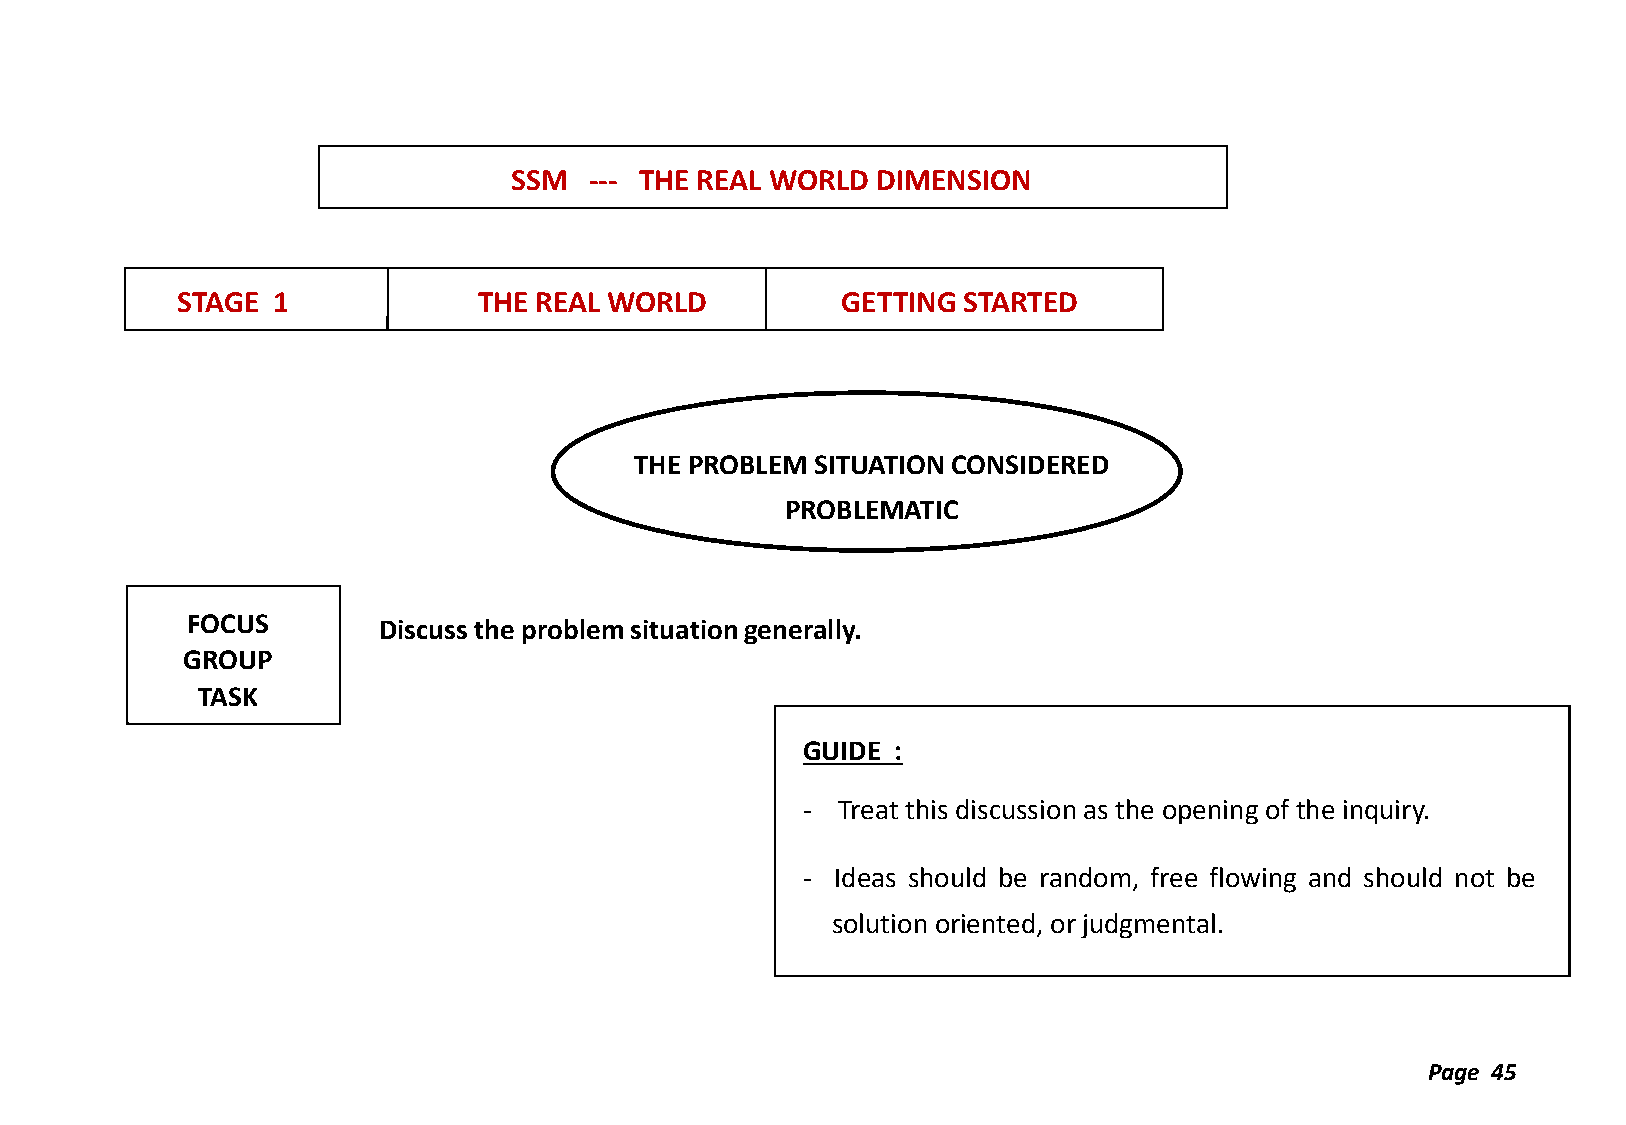
SSM  --- THE REAL WORLD DIMENSION
 STAGE 1             THE REAL WORLD          GETTING STARTED
 THE PROBLEM SITUATION CONSIDERED
 PROBLEMATIC
 FOCUS
 Discuss the problem situation generally.
 GROUP
 TASK
 GUIDE :
 - Treat this discussion as the opening of the inquiry.
 - Ideas should be random, free flowing and should not be
 solution oriented, or judgmental.
 Page 45